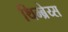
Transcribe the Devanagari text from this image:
थिम्ब्रेय्स